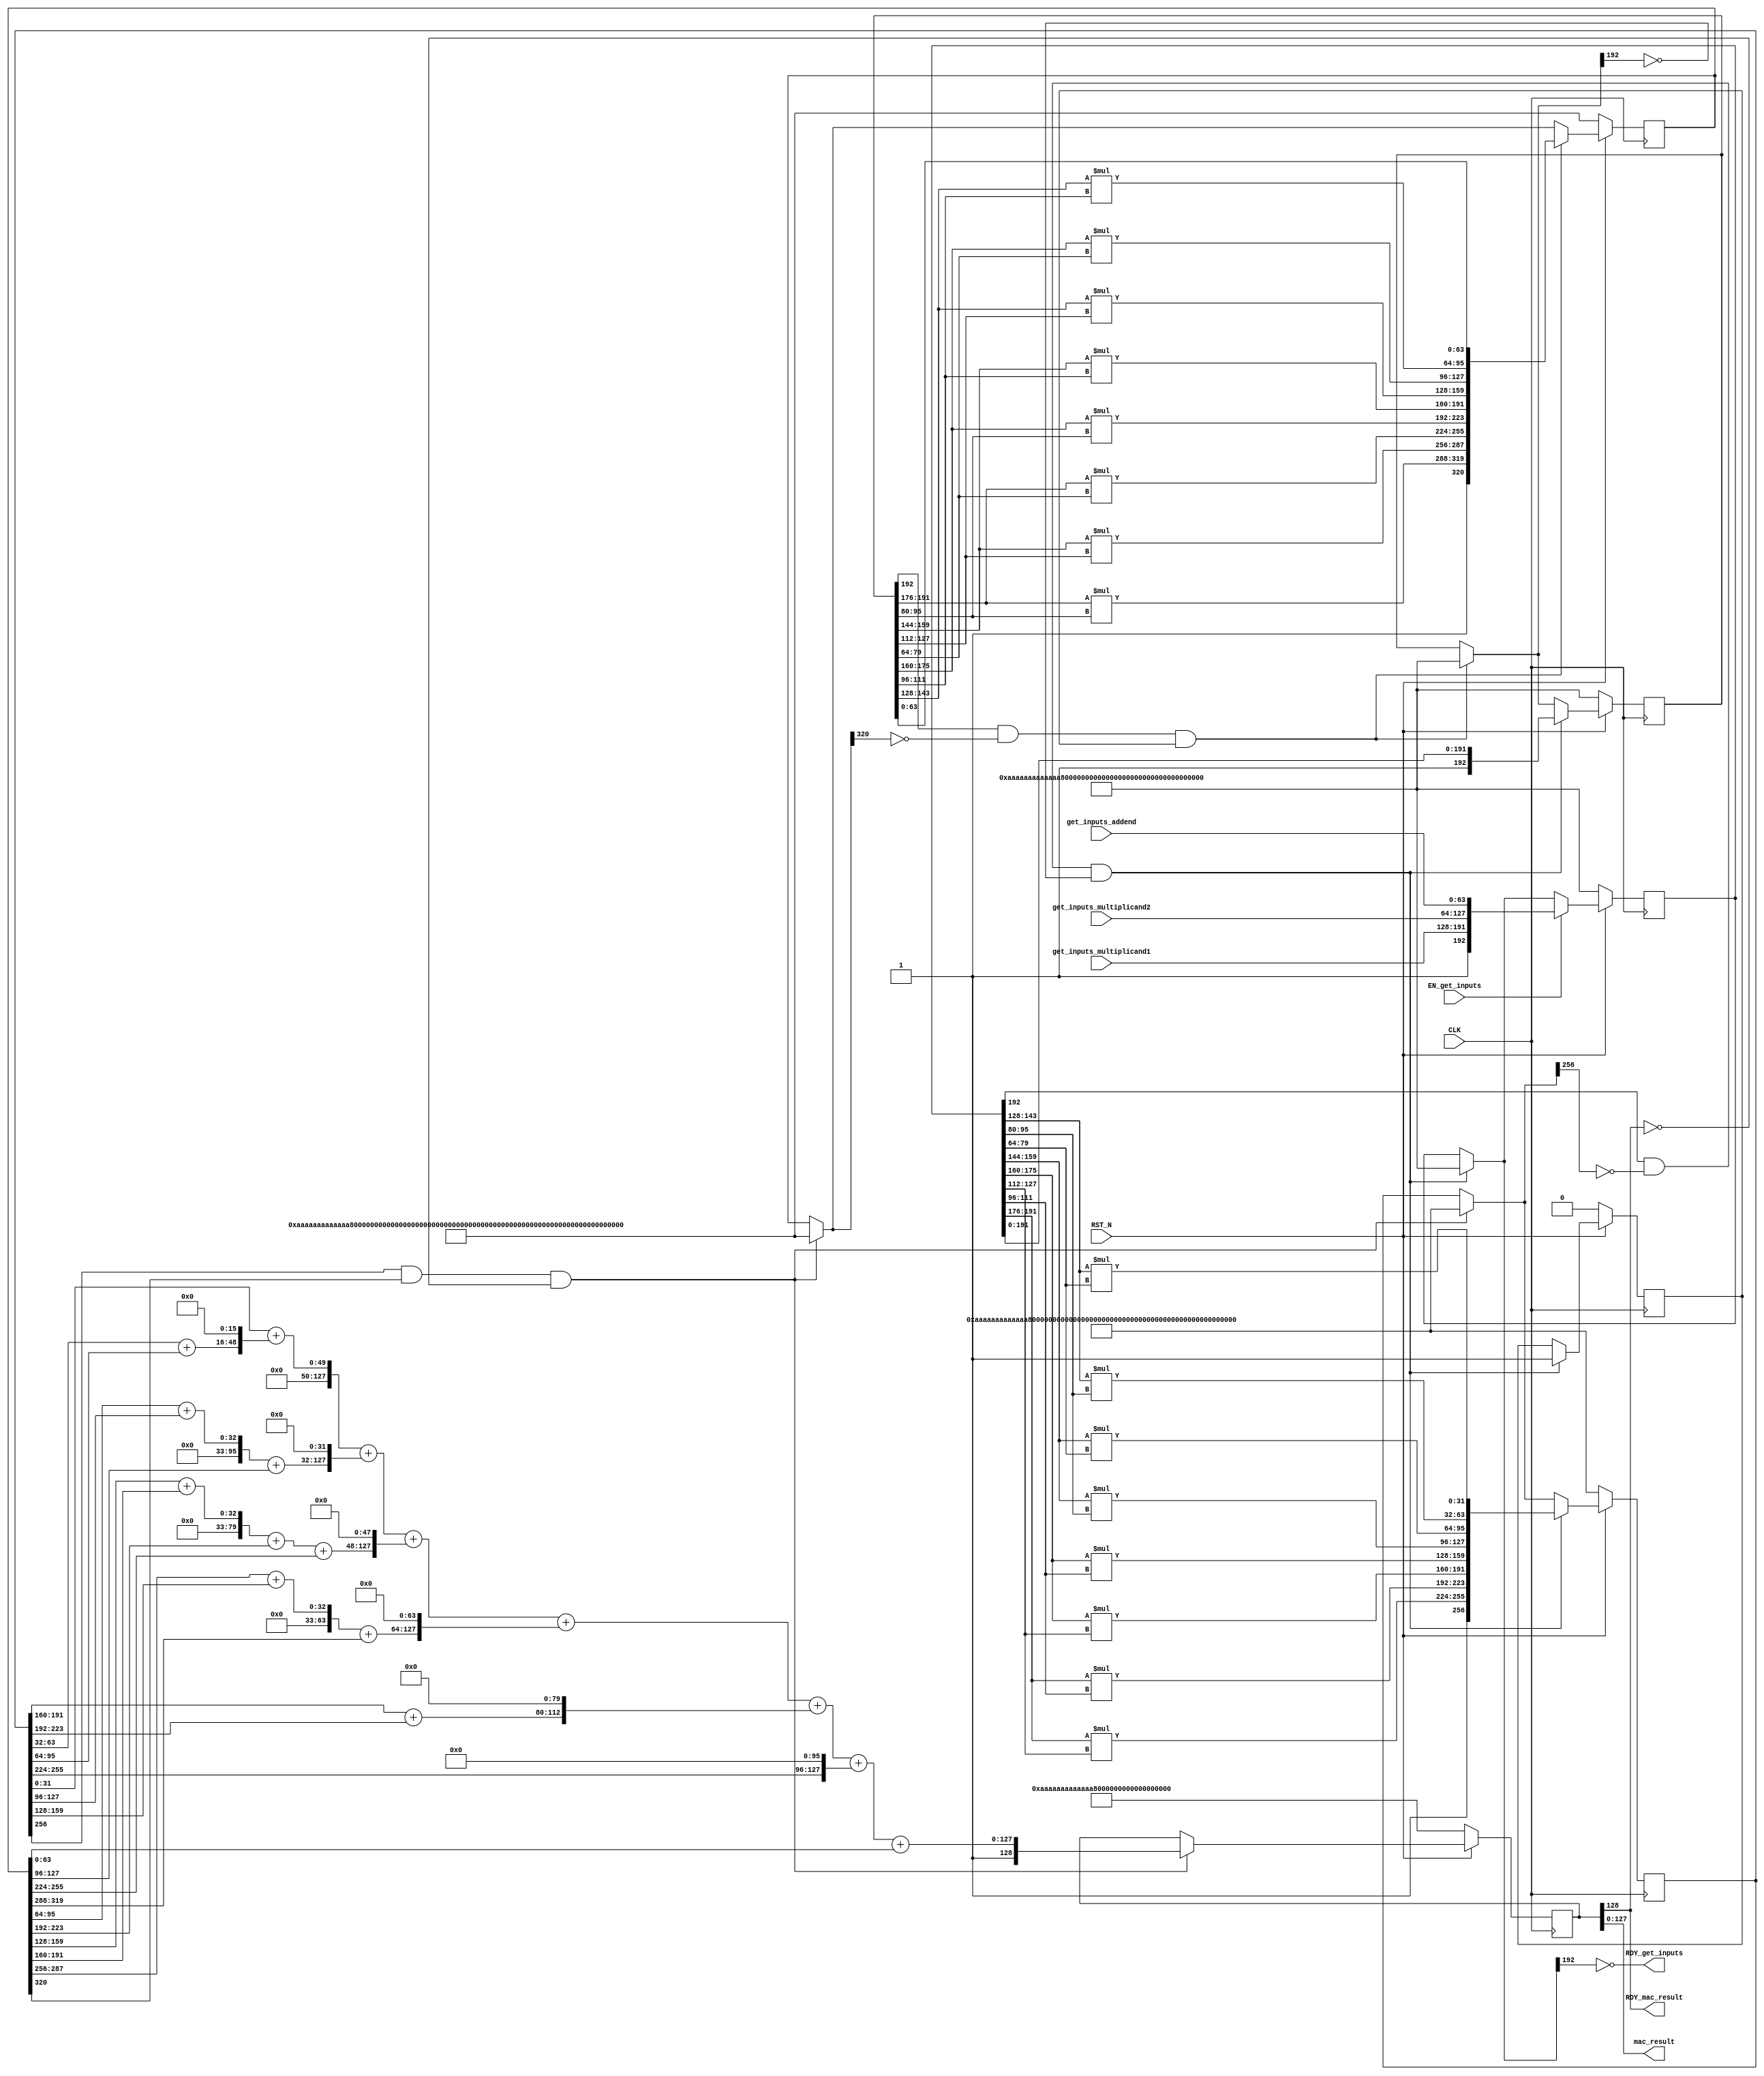
//
// Generated by Bluespec Compiler, version 2021.12.1 (build fd501401)
//
// On Tue May  9 01:17:07 IST 2023
//
//
// Ports:
// Name                         I/O  size props
// RDY_get_inputs                 O     1
// mac_result                     O   128
// RDY_mac_result                 O     1
// CLK                            I     1 clock
// RST_N                          I     1 reset
// get_inputs_multiplicand1       I    64
// get_inputs_multiplicand2       I    64
// get_inputs_addend              I    64
// EN_get_inputs                  I     1
//
// No combinational paths from inputs to outputs
//
//

`ifdef BSV_ASSIGNMENT_DELAY
`else
  `define BSV_ASSIGNMENT_DELAY
`endif

`ifdef BSV_POSITIVE_RESET
  `define BSV_RESET_VALUE 1'b1
  `define BSV_RESET_EDGE posedge
`else
  `define BSV_RESET_VALUE 1'b0
  `define BSV_RESET_EDGE negedge
`endif

module mkMAC64(CLK,
	       RST_N,

	       get_inputs_multiplicand1,
	       get_inputs_multiplicand2,
	       get_inputs_addend,
	       EN_get_inputs,
	       RDY_get_inputs,

	       mac_result,
	       RDY_mac_result);
  input  CLK;
  input  RST_N;

  // action method get_inputs
  input  [63 : 0] get_inputs_multiplicand1;
  input  [63 : 0] get_inputs_multiplicand2;
  input  [63 : 0] get_inputs_addend;
  input  EN_get_inputs;
  output RDY_get_inputs;

  // value method mac_result
  output [127 : 0] mac_result;
  output RDY_mac_result;

  // signals for module outputs
  wire [127 : 0] mac_result;
  wire RDY_get_inputs, RDY_mac_result;

  // inlined wires
  wire [320 : 0] partial_product_2_rv$port1__read,
		 partial_product_2_rv$port1__write_1,
		 partial_product_2_rv$port2__read;
  wire [256 : 0] partial_product_1_rv$port1__read,
		 partial_product_1_rv$port1__write_1,
		 partial_product_1_rv$port2__read;
  wire [192 : 0] mac_inputs_1_rv$port1__read,
		 mac_inputs_1_rv$port1__write_1,
		 mac_inputs_1_rv$port2__read,
		 mac_inputs_2_rv$port1__read,
		 mac_inputs_2_rv$port1__write_1,
		 mac_inputs_2_rv$port2__read;
  wire [128 : 0] mac_output_rv$port1__write_1, mac_output_rv$port2__read;

  // register flag
  reg flag;
  wire flag$D_IN, flag$EN;

  // register mac_inputs_1_rv
  reg [192 : 0] mac_inputs_1_rv;
  wire [192 : 0] mac_inputs_1_rv$D_IN;
  wire mac_inputs_1_rv$EN;

  // register mac_inputs_2_rv
  reg [192 : 0] mac_inputs_2_rv;
  wire [192 : 0] mac_inputs_2_rv$D_IN;
  wire mac_inputs_2_rv$EN;

  // register mac_output_rv
  reg [128 : 0] mac_output_rv;
  wire [128 : 0] mac_output_rv$D_IN;
  wire mac_output_rv$EN;

  // register partial_product_1_rv
  reg [256 : 0] partial_product_1_rv;
  wire [256 : 0] partial_product_1_rv$D_IN;
  wire partial_product_1_rv$EN;

  // register partial_product_2_rv
  reg [320 : 0] partial_product_2_rv;
  wire [320 : 0] partial_product_2_rv$D_IN;
  wire partial_product_2_rv$EN;

  // rule scheduling signals
  wire CAN_FIRE_RL_rl_generate_partials_1,
       CAN_FIRE_RL_rl_generate_partials_2,
       CAN_FIRE_RL_rl_mac_64,
       CAN_FIRE_get_inputs,
       WILL_FIRE_RL_rl_generate_partials_1,
       WILL_FIRE_RL_rl_generate_partials_2,
       WILL_FIRE_RL_rl_mac_64,
       WILL_FIRE_get_inputs;

  // remaining internal signals
  wire [127 : 0] x179_PLUS_y180__q2,
		 x187_PLUS_y188__q5,
		 x718_PLUS_y719__q3,
		 x727_PLUS_y728__q1,
		 x880_PLUS_y881__q4,
		 x__h4427,
		 x__h4429,
		 x__h4431,
		 x__h4433,
		 x__h4435,
		 x__h4437,
		 x__h4439,
		 x__h4727,
		 x__h5179,
		 x__h5181,
		 x__h5718,
		 x__h5720,
		 x__h5722,
		 x__h5880,
		 x__h5882,
		 x__h6187,
		 y__h4428,
		 y__h4430,
		 y__h4432,
		 y__h4434,
		 y__h4436,
		 y__h4438,
		 y__h4440,
		 y__h4728,
		 y__h5180,
		 y__h5182,
		 y__h5719,
		 y__h5721,
		 y__h5723,
		 y__h5881,
		 y__h5883,
		 y__h6188;
  wire [63 : 0] _0_CONCAT_mac_inputs_1_rv_port0__read_BITS_143__ETC___d41,
		_0_CONCAT_mac_inputs_1_rv_port0__read_BITS_143__ETC___d44,
		_0_CONCAT_mac_inputs_1_rv_port0__read_BITS_159__ETC___d32,
		_0_CONCAT_mac_inputs_1_rv_port0__read_BITS_159__ETC___d37,
		_0_CONCAT_mac_inputs_1_rv_port0__read_BITS_175__ETC___d23,
		_0_CONCAT_mac_inputs_1_rv_port0__read_BITS_175__ETC___d26,
		_0_CONCAT_mac_inputs_1_rv_port0__read_BITS_191__ETC___d15,
		_0_CONCAT_mac_inputs_1_rv_port0__read_BITS_191__ETC___d19,
		_0_CONCAT_mac_inputs_2_rv_port0__read__0_BITS_1_ETC___d62,
		_0_CONCAT_mac_inputs_2_rv_port0__read__0_BITS_1_ETC___d68,
		_0_CONCAT_mac_inputs_2_rv_port0__read__0_BITS_1_ETC___d73,
		_0_CONCAT_mac_inputs_2_rv_port0__read__0_BITS_1_ETC___d77,
		_0_CONCAT_mac_inputs_2_rv_port0__read__0_BITS_1_ETC___d82,
		_0_CONCAT_mac_inputs_2_rv_port0__read__0_BITS_1_ETC___d86,
		_0_CONCAT_mac_inputs_2_rv_port0__read__0_BITS_1_ETC___d89,
		_0_CONCAT_mac_inputs_2_rv_port0__read__0_BITS_1_ETC___d91;

  // action method get_inputs
  assign RDY_get_inputs = !mac_inputs_1_rv$port1__read[192] ;
  assign CAN_FIRE_get_inputs = !mac_inputs_1_rv$port1__read[192] ;
  assign WILL_FIRE_get_inputs = EN_get_inputs ;

  // value method mac_result
  assign mac_result = mac_output_rv[127:0] ;
  assign RDY_mac_result = mac_output_rv[128] ;

  // rule RL_rl_mac_64
  assign CAN_FIRE_RL_rl_mac_64 =
	     partial_product_1_rv[256] && partial_product_2_rv[320] &&
	     !mac_output_rv[128] ;
  assign WILL_FIRE_RL_rl_mac_64 = CAN_FIRE_RL_rl_mac_64 ;

  // rule RL_rl_generate_partials_2
  assign CAN_FIRE_RL_rl_generate_partials_2 =
	     mac_inputs_2_rv[192] && !partial_product_2_rv$port1__read[320] &&
	     flag ;
  assign WILL_FIRE_RL_rl_generate_partials_2 =
	     CAN_FIRE_RL_rl_generate_partials_2 ;

  // rule RL_rl_generate_partials_1
  assign CAN_FIRE_RL_rl_generate_partials_1 =
	     mac_inputs_1_rv[192] && !partial_product_1_rv$port1__read[256] &&
	     !mac_inputs_2_rv$port1__read[192] ;
  assign WILL_FIRE_RL_rl_generate_partials_1 =
	     CAN_FIRE_RL_rl_generate_partials_1 ;

  // inlined wires
  assign mac_inputs_1_rv$port1__read =
	     CAN_FIRE_RL_rl_generate_partials_1 ?
	       193'h0AAAAAAAAAAAAAAAAAAAAAAAAAAAAAAAAAAAAAAAAAAAAAAAA :
	       mac_inputs_1_rv ;
  assign mac_inputs_1_rv$port1__write_1 =
	     { 1'd1,
	       get_inputs_multiplicand1,
	       get_inputs_multiplicand2,
	       get_inputs_addend } ;
  assign mac_inputs_1_rv$port2__read =
	     EN_get_inputs ?
	       mac_inputs_1_rv$port1__write_1 :
	       mac_inputs_1_rv$port1__read ;
  assign partial_product_1_rv$port1__read =
	     CAN_FIRE_RL_rl_mac_64 ?
	       257'h0AAAAAAAAAAAAAAAAAAAAAAAAAAAAAAAAAAAAAAAAAAAAAAAAAAAAAAAAAAAAAAAA :
	       partial_product_1_rv ;
  assign partial_product_1_rv$port1__write_1 =
	     { 1'd1,
	       _0_CONCAT_mac_inputs_1_rv_port0__read_BITS_191__ETC___d15[31:0],
	       _0_CONCAT_mac_inputs_1_rv_port0__read_BITS_191__ETC___d19[31:0],
	       _0_CONCAT_mac_inputs_1_rv_port0__read_BITS_175__ETC___d23[31:0],
	       _0_CONCAT_mac_inputs_1_rv_port0__read_BITS_175__ETC___d26[31:0],
	       _0_CONCAT_mac_inputs_1_rv_port0__read_BITS_159__ETC___d32[31:0],
	       _0_CONCAT_mac_inputs_1_rv_port0__read_BITS_159__ETC___d37[31:0],
	       _0_CONCAT_mac_inputs_1_rv_port0__read_BITS_143__ETC___d41[31:0],
	       _0_CONCAT_mac_inputs_1_rv_port0__read_BITS_143__ETC___d44[31:0] } ;
  assign partial_product_1_rv$port2__read =
	     CAN_FIRE_RL_rl_generate_partials_1 ?
	       partial_product_1_rv$port1__write_1 :
	       partial_product_1_rv$port1__read ;
  assign mac_inputs_2_rv$port1__read =
	     CAN_FIRE_RL_rl_generate_partials_2 ?
	       193'h0AAAAAAAAAAAAAAAAAAAAAAAAAAAAAAAAAAAAAAAAAAAAAAAA :
	       mac_inputs_2_rv ;
  assign mac_inputs_2_rv$port1__write_1 = { 1'd1, mac_inputs_1_rv[191:0] } ;
  assign mac_inputs_2_rv$port2__read =
	     CAN_FIRE_RL_rl_generate_partials_1 ?
	       mac_inputs_2_rv$port1__write_1 :
	       mac_inputs_2_rv$port1__read ;
  assign partial_product_2_rv$port1__read =
	     CAN_FIRE_RL_rl_mac_64 ?
	       321'h0AAAAAAAAAAAAAAAAAAAAAAAAAAAAAAAAAAAAAAAAAAAAAAAAAAAAAAAAAAAAAAAAAAAAAAAAAAAAAAAA :
	       partial_product_2_rv ;
  assign partial_product_2_rv$port1__write_1 =
	     { 1'd1,
	       _0_CONCAT_mac_inputs_2_rv_port0__read__0_BITS_1_ETC___d62[31:0],
	       _0_CONCAT_mac_inputs_2_rv_port0__read__0_BITS_1_ETC___d68[31:0],
	       _0_CONCAT_mac_inputs_2_rv_port0__read__0_BITS_1_ETC___d73[31:0],
	       _0_CONCAT_mac_inputs_2_rv_port0__read__0_BITS_1_ETC___d77[31:0],
	       _0_CONCAT_mac_inputs_2_rv_port0__read__0_BITS_1_ETC___d82[31:0],
	       _0_CONCAT_mac_inputs_2_rv_port0__read__0_BITS_1_ETC___d86[31:0],
	       _0_CONCAT_mac_inputs_2_rv_port0__read__0_BITS_1_ETC___d89[31:0],
	       _0_CONCAT_mac_inputs_2_rv_port0__read__0_BITS_1_ETC___d91[31:0],
	       mac_inputs_2_rv[63:0] } ;
  assign partial_product_2_rv$port2__read =
	     CAN_FIRE_RL_rl_generate_partials_2 ?
	       partial_product_2_rv$port1__write_1 :
	       partial_product_2_rv$port1__read ;
  assign mac_output_rv$port1__write_1 = { 1'd1, x__h4427 + y__h4428 } ;
  assign mac_output_rv$port2__read =
	     CAN_FIRE_RL_rl_mac_64 ?
	       mac_output_rv$port1__write_1 :
	       mac_output_rv ;

  // register flag
  assign flag$D_IN = 1'd1 ;
  assign flag$EN = CAN_FIRE_RL_rl_generate_partials_1 ;

  // register mac_inputs_1_rv
  assign mac_inputs_1_rv$D_IN = mac_inputs_1_rv$port2__read ;
  assign mac_inputs_1_rv$EN = 1'b1 ;

  // register mac_inputs_2_rv
  assign mac_inputs_2_rv$D_IN = mac_inputs_2_rv$port2__read ;
  assign mac_inputs_2_rv$EN = 1'b1 ;

  // register mac_output_rv
  assign mac_output_rv$D_IN = mac_output_rv$port2__read ;
  assign mac_output_rv$EN = 1'b1 ;

  // register partial_product_1_rv
  assign partial_product_1_rv$D_IN = partial_product_1_rv$port2__read ;
  assign partial_product_1_rv$EN = 1'b1 ;

  // register partial_product_2_rv
  assign partial_product_2_rv$D_IN = partial_product_2_rv$port2__read ;
  assign partial_product_2_rv$EN = 1'b1 ;

  // remaining internal signals
  assign _0_CONCAT_mac_inputs_1_rv_port0__read_BITS_143__ETC___d41 =
	     { 16'd0, mac_inputs_1_rv[143:128] } *
	     { 16'd0, mac_inputs_1_rv[95:80] } ;
  assign _0_CONCAT_mac_inputs_1_rv_port0__read_BITS_143__ETC___d44 =
	     { 16'd0, mac_inputs_1_rv[143:128] } *
	     { 16'd0, mac_inputs_1_rv[79:64] } ;
  assign _0_CONCAT_mac_inputs_1_rv_port0__read_BITS_159__ETC___d32 =
	     { 16'd0, mac_inputs_1_rv[159:144] } *
	     { 16'd0, mac_inputs_1_rv[95:80] } ;
  assign _0_CONCAT_mac_inputs_1_rv_port0__read_BITS_159__ETC___d37 =
	     { 16'd0, mac_inputs_1_rv[159:144] } *
	     { 16'd0, mac_inputs_1_rv[79:64] } ;
  assign _0_CONCAT_mac_inputs_1_rv_port0__read_BITS_175__ETC___d23 =
	     { 16'd0, mac_inputs_1_rv[175:160] } *
	     { 16'd0, mac_inputs_1_rv[127:112] } ;
  assign _0_CONCAT_mac_inputs_1_rv_port0__read_BITS_175__ETC___d26 =
	     { 16'd0, mac_inputs_1_rv[175:160] } *
	     { 16'd0, mac_inputs_1_rv[111:96] } ;
  assign _0_CONCAT_mac_inputs_1_rv_port0__read_BITS_191__ETC___d15 =
	     { 16'd0, mac_inputs_1_rv[191:176] } *
	     { 16'd0, mac_inputs_1_rv[127:112] } ;
  assign _0_CONCAT_mac_inputs_1_rv_port0__read_BITS_191__ETC___d19 =
	     { 16'd0, mac_inputs_1_rv[191:176] } *
	     { 16'd0, mac_inputs_1_rv[111:96] } ;
  assign _0_CONCAT_mac_inputs_2_rv_port0__read__0_BITS_1_ETC___d62 =
	     { 16'd0, mac_inputs_2_rv[191:176] } *
	     { 16'd0, mac_inputs_2_rv[95:80] } ;
  assign _0_CONCAT_mac_inputs_2_rv_port0__read__0_BITS_1_ETC___d68 =
	     { 16'd0, mac_inputs_2_rv[159:144] } *
	     { 16'd0, mac_inputs_2_rv[127:112] } ;
  assign _0_CONCAT_mac_inputs_2_rv_port0__read__0_BITS_1_ETC___d73 =
	     { 16'd0, mac_inputs_2_rv[191:176] } *
	     { 16'd0, mac_inputs_2_rv[79:64] } ;
  assign _0_CONCAT_mac_inputs_2_rv_port0__read__0_BITS_1_ETC___d77 =
	     { 16'd0, mac_inputs_2_rv[175:160] } *
	     { 16'd0, mac_inputs_2_rv[95:80] } ;
  assign _0_CONCAT_mac_inputs_2_rv_port0__read__0_BITS_1_ETC___d82 =
	     { 16'd0, mac_inputs_2_rv[159:144] } *
	     { 16'd0, mac_inputs_2_rv[111:96] } ;
  assign _0_CONCAT_mac_inputs_2_rv_port0__read__0_BITS_1_ETC___d86 =
	     { 16'd0, mac_inputs_2_rv[143:128] } *
	     { 16'd0, mac_inputs_2_rv[127:112] } ;
  assign _0_CONCAT_mac_inputs_2_rv_port0__read__0_BITS_1_ETC___d89 =
	     { 16'd0, mac_inputs_2_rv[175:160] } *
	     { 16'd0, mac_inputs_2_rv[79:64] } ;
  assign _0_CONCAT_mac_inputs_2_rv_port0__read__0_BITS_1_ETC___d91 =
	     { 16'd0, mac_inputs_2_rv[143:128] } *
	     { 16'd0, mac_inputs_2_rv[111:96] } ;
  assign x179_PLUS_y180__q2 = x__h5179 + y__h5180 ;
  assign x187_PLUS_y188__q5 = x__h6187 + y__h6188 ;
  assign x718_PLUS_y719__q3 = x__h5718 + y__h5719 ;
  assign x727_PLUS_y728__q1 = x__h4727 + y__h4728 ;
  assign x880_PLUS_y881__q4 = x__h5880 + y__h5881 ;
  assign x__h4427 = x__h4429 + y__h4430 ;
  assign x__h4429 = x__h4431 + y__h4432 ;
  assign x__h4431 = x__h4433 + y__h4434 ;
  assign x__h4433 = x__h4435 + y__h4436 ;
  assign x__h4435 = x__h4437 + y__h4438 ;
  assign x__h4437 = x__h4439 + y__h4440 ;
  assign x__h4439 = { 96'd0, partial_product_1_rv[31:0] } ;
  assign x__h4727 = { 96'd0, partial_product_1_rv[63:32] } ;
  assign x__h5179 = x__h5181 + y__h5182 ;
  assign x__h5181 = { 96'd0, partial_product_2_rv[95:64] } ;
  assign x__h5718 = x__h5720 + y__h5721 ;
  assign x__h5720 = x__h5722 + y__h5723 ;
  assign x__h5722 = { 96'd0, partial_product_2_rv[159:128] } ;
  assign x__h5880 = x__h5882 + y__h5883 ;
  assign x__h5882 = { 96'd0, partial_product_2_rv[287:256] } ;
  assign x__h6187 = { 96'd0, partial_product_1_rv[191:160] } ;
  assign y__h4428 = { 64'd0, partial_product_2_rv[63:0] } ;
  assign y__h4430 = { partial_product_1_rv[255:224], 96'd0 } ;
  assign y__h4432 = { x187_PLUS_y188__q5[47:0], 80'd0 } ;
  assign y__h4434 = { x880_PLUS_y881__q4[63:0], 64'd0 } ;
  assign y__h4436 = { x718_PLUS_y719__q3[79:0], 48'd0 } ;
  assign y__h4438 = { x179_PLUS_y180__q2[95:0], 32'd0 } ;
  assign y__h4440 = { x727_PLUS_y728__q1[111:0], 16'd0 } ;
  assign y__h4728 = { 96'd0, partial_product_1_rv[95:64] } ;
  assign y__h5180 = { 96'd0, partial_product_2_rv[127:96] } ;
  assign y__h5182 = { 96'd0, partial_product_1_rv[127:96] } ;
  assign y__h5719 = { 96'd0, partial_product_2_rv[255:224] } ;
  assign y__h5721 = { 96'd0, partial_product_2_rv[223:192] } ;
  assign y__h5723 = { 96'd0, partial_product_2_rv[191:160] } ;
  assign y__h5881 = { 96'd0, partial_product_2_rv[319:288] } ;
  assign y__h5883 = { 96'd0, partial_product_1_rv[159:128] } ;
  assign y__h6188 = { 96'd0, partial_product_1_rv[223:192] } ;

  // handling of inlined registers

  always@(posedge CLK)
  begin
    if (RST_N == `BSV_RESET_VALUE)
      begin
        flag <= `BSV_ASSIGNMENT_DELAY 1'd0;
	mac_inputs_1_rv <= `BSV_ASSIGNMENT_DELAY
	    193'h0AAAAAAAAAAAAAAAAAAAAAAAAAAAAAAAAAAAAAAAAAAAAAAAA;
	mac_inputs_2_rv <= `BSV_ASSIGNMENT_DELAY
	    193'h0AAAAAAAAAAAAAAAAAAAAAAAAAAAAAAAAAAAAAAAAAAAAAAAA;
	mac_output_rv <= `BSV_ASSIGNMENT_DELAY
	    129'h0AAAAAAAAAAAAAAAAAAAAAAAAAAAAAAAA;
	partial_product_1_rv <= `BSV_ASSIGNMENT_DELAY
	    257'h0AAAAAAAAAAAAAAAAAAAAAAAAAAAAAAAAAAAAAAAAAAAAAAAAAAAAAAAAAAAAAAAA;
	partial_product_2_rv <= `BSV_ASSIGNMENT_DELAY
	    321'h0AAAAAAAAAAAAAAAAAAAAAAAAAAAAAAAAAAAAAAAAAAAAAAAAAAAAAAAAAAAAAAAAAAAAAAAAAAAAAAAA;
      end
    else
      begin
        if (flag$EN) flag <= `BSV_ASSIGNMENT_DELAY flag$D_IN;
	if (mac_inputs_1_rv$EN)
	  mac_inputs_1_rv <= `BSV_ASSIGNMENT_DELAY mac_inputs_1_rv$D_IN;
	if (mac_inputs_2_rv$EN)
	  mac_inputs_2_rv <= `BSV_ASSIGNMENT_DELAY mac_inputs_2_rv$D_IN;
	if (mac_output_rv$EN)
	  mac_output_rv <= `BSV_ASSIGNMENT_DELAY mac_output_rv$D_IN;
	if (partial_product_1_rv$EN)
	  partial_product_1_rv <= `BSV_ASSIGNMENT_DELAY
	      partial_product_1_rv$D_IN;
	if (partial_product_2_rv$EN)
	  partial_product_2_rv <= `BSV_ASSIGNMENT_DELAY
	      partial_product_2_rv$D_IN;
      end
  end

  // synopsys translate_off
  `ifdef BSV_NO_INITIAL_BLOCKS
  `else // not BSV_NO_INITIAL_BLOCKS
  initial
  begin
    flag = 1'h0;
    mac_inputs_1_rv = 193'h0AAAAAAAAAAAAAAAAAAAAAAAAAAAAAAAAAAAAAAAAAAAAAAAA;
    mac_inputs_2_rv = 193'h0AAAAAAAAAAAAAAAAAAAAAAAAAAAAAAAAAAAAAAAAAAAAAAAA;
    mac_output_rv = 129'h0AAAAAAAAAAAAAAAAAAAAAAAAAAAAAAAA;
    partial_product_1_rv =
	257'h0AAAAAAAAAAAAAAAAAAAAAAAAAAAAAAAAAAAAAAAAAAAAAAAAAAAAAAAAAAAAAAAA;
    partial_product_2_rv =
	321'h0AAAAAAAAAAAAAAAAAAAAAAAAAAAAAAAAAAAAAAAAAAAAAAAAAAAAAAAAAAAAAAAAAAAAAAAAAAAAAAAA;
  end
  `endif // BSV_NO_INITIAL_BLOCKS
  // synopsys translate_on
endmodule  // mkMAC64